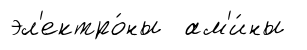
эл'ектро́ны ам'и́ны